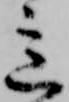
意